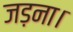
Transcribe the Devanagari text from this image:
जड़ना।